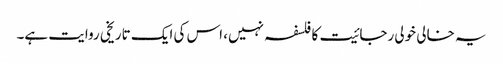
یہ خالی خولی رجائیت کا فلسفہ نہیں، اس کی ایک تاریخی روایت ہے۔